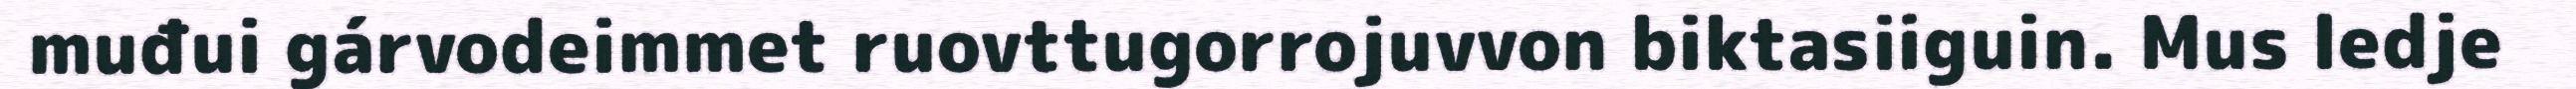
muđui gárvodeimmet ruovttugorrojuvvon biktasiiguin. Mus ledje